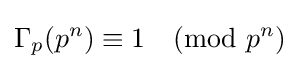
\Gamma _{p}(p^{n})\equiv 1{\pmod {p^{n}}}